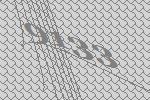
9133